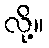
လို့။